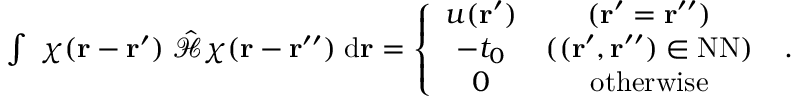
\begin{array} { r } { \int \; \chi ( \mathbf { r } - \mathbf { r } ^ { \prime } ) \; \hat { \mathcal { H } } \chi ( \mathbf { r } - \mathbf { r } ^ { \prime \prime } ) \; \mathrm { d } \mathbf { r } = \left\{ \begin{array} { c c } { u ( \mathbf { r } ^ { \prime } ) } & { ( \mathbf { r } ^ { \prime } = \mathbf { r } ^ { \prime \prime } ) } \\ { - t _ { 0 } } & { ( ( \mathbf { r } ^ { \prime } , \mathbf { r } ^ { \prime \prime } ) \in \mathrm { N N } ) } \\ { 0 } & { \mathrm { o t h e r w i s e } } \end{array} \right. \; . } \end{array}